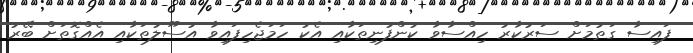
ފައިސާ ގަތުމަށް ސަރުކާރު ހިއްސާވާ ކުންފުނިތަކާއި އެކު ހަމަޖެހިފައިވާ އުސޫލުތަކާއި އެއްގޮތަށް ބޭރު